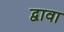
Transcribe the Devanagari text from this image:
द्वावा